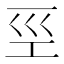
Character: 巠